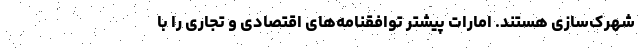
شهرک‌سازی هستند. امارات پیشتر توافقنامه‌های اقتصادی و تجاری را با